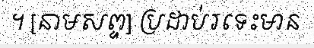
។ [នាមសព្ទ] ប្រដាប់រទេះមាន